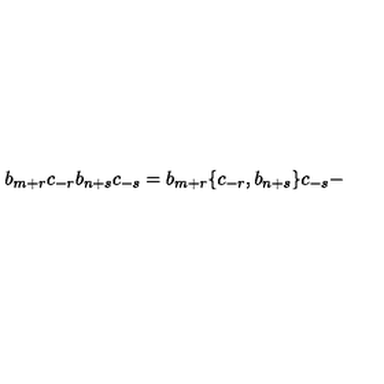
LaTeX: b _ { m + r } c _ { - r } b _ { n + s } c _ { - s } = b _ { m + r } \lbrace c _ { - r } , b _ { n + s } \rbrace c _ { - s } -